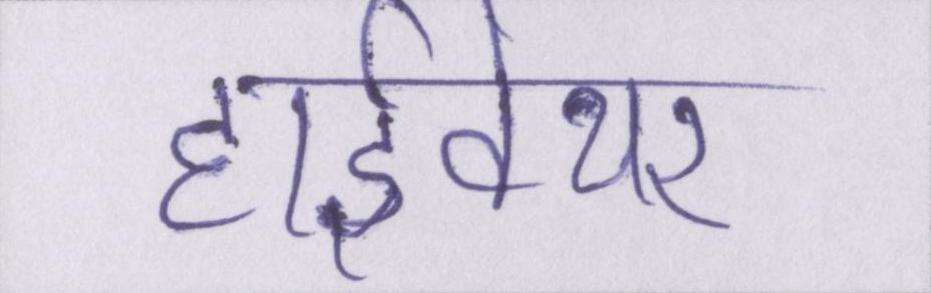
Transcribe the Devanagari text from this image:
हार्डवेयर